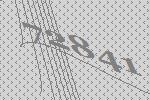
72841